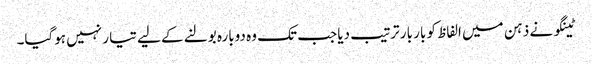
ٹینگو نے ذہن میں الفاظ کو بار بار ترتیب دیا جب تک وہ دوبارہ بولنے کے لیے تیا ر نہیں ہوگیا۔